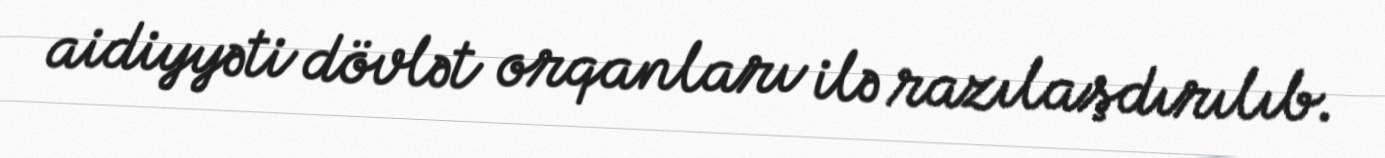
aidiyyəti dövlət orqanları ilə razılaşdırılıb.